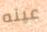
عينه